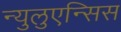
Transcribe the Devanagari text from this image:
न्युलुएन्सिस